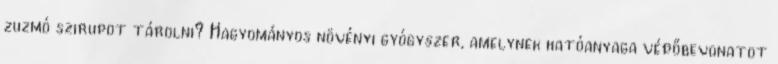
zuzmó szirupot tárolni? Hagyományos növényi gyógyszer, amelynek hatóanyaga védőbevonatot